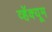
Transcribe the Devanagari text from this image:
व्हॅक्यूम